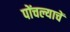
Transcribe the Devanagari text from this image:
पोंचल्याचें